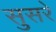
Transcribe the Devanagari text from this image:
सुसरे